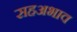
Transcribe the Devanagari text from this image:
सहअभाव